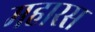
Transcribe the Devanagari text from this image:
महारस